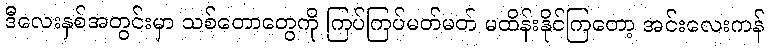
ဒီလေးနှစ်အတွင်းမှာ သစ်တောတွေကို ကြပ်ကြပ်မတ်မတ် မထိန်းနိုင်ကြတော့ အင်းလေးကန်